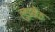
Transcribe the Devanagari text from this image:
लुइबेक